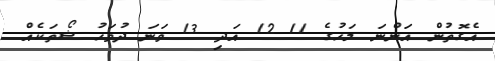
އެގޮތުން އަންނަ މަހުގެ 11 12 އަދި 13 ވަނަ ދުވަހު ޝޯތަކެއް